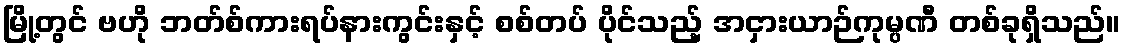
မြို့တွင် ဗဟို ဘတ်စ်ကားရပ်နားကွင်းနှင့် စစ်တပ် ပိုင်သည့် အငှားယာဉ်ကုမ္ပဏီ တစ်ခုရှိသည်။